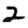
Digit: 2